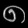
Digit: ၈